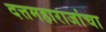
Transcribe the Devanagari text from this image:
दत्तमहाराजांचा